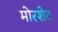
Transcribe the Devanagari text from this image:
मोरशेट